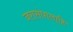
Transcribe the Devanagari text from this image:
जरासंधालाहि